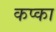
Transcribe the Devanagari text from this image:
कप्का